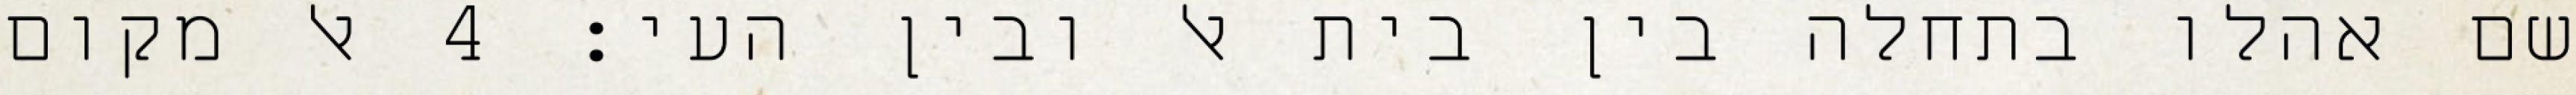
שם אהלו בתחלה בין בית אל ובין העי׃ ‎4‏ אל מקום